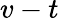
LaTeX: v-t